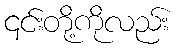
၎င်းတို့ကိုလည်း